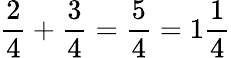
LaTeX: {\frac{2}{4}}+{\frac{3}{4}}={\frac{5}{4}}=1{\frac{1}{4}}